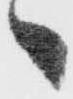
々